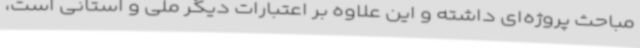
مباحث پروژه‌ای داشته و این علاوه بر اعتبارات دیگر ملی و استانی است،